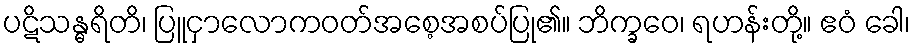
ပဋိသန္ဓရိတိ၊ ပြူငှာလောကဝတ်အစေ့အစပ်ပြု၏။ ဘိက္ခဝေ၊ ရဟန်းတို့။ ဧဝံ ခေါ၊